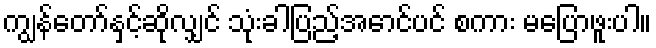
ကျွန်တော်နှင့်ဆိုလျှင် သုံးခါပြည့်အောင်ပင် စကား မပြောဖူးပါ။